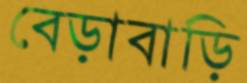
বেড়াবাড়ি